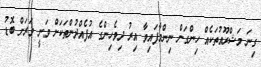
ގިނަ މަޝްރޫއުތަކެއް ހިންގަން ނިންމާފައިވާ އިރު ދިވެހިންގެ އުފެއްދުންތަކަށް ވަނީ ވަރަށް ބޮޑު